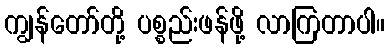
ကျွန်တော်တို့ ပစ္စည်းဖန်ဖို့ လာကြတာပါ။